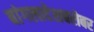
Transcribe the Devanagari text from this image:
बांगलादेशबरोबर